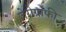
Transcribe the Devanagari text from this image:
ज़ेरोग्राफी